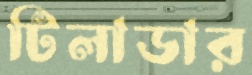
টিলাডার